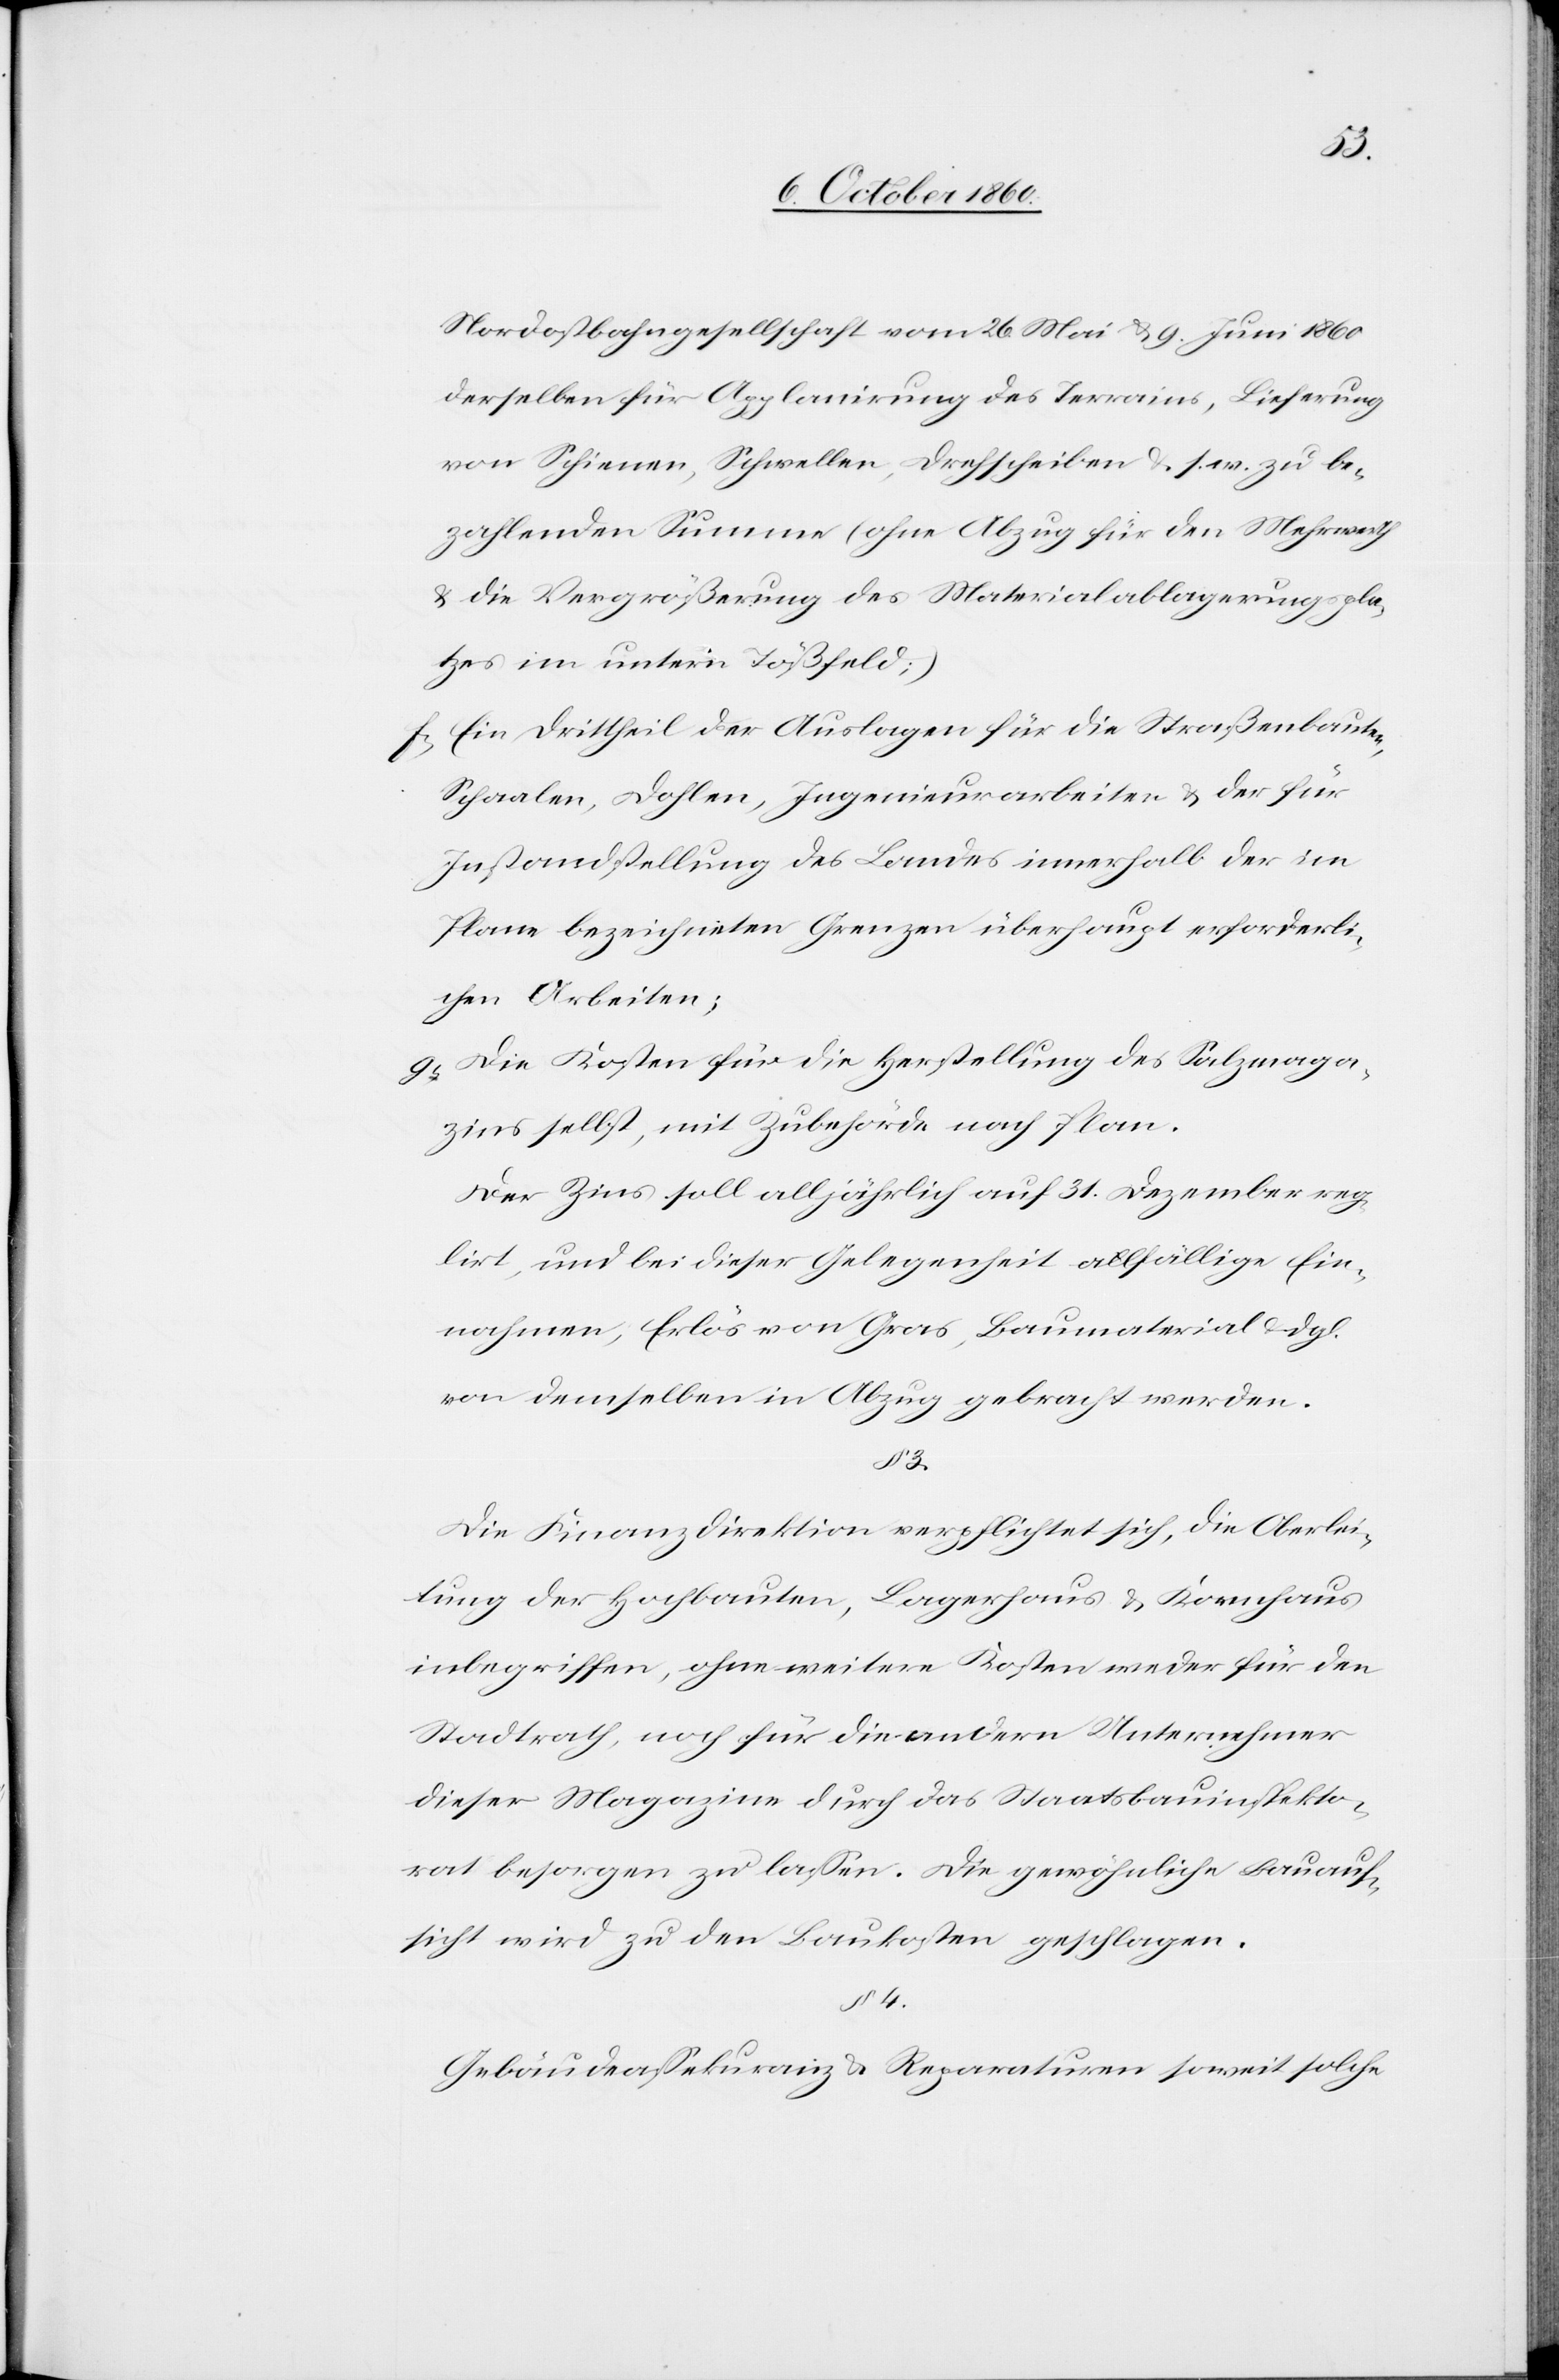
Nordostbahngesellschaft vom 26. Mai u. 9. Juni 1860
derselben für Applanirung des Terrains, Lieferung
von Schienen, Schwellen , Drehscheiben u. s. w. zu be¬
zahlenden Summe (ohne Abzug für den Mehrwerth
u. die Vergrößerung des Materialablagerungspla¬
tzes im unterm Tößfeld;)
f) Ein Drittheil der Auslagen für die Straßenbauten,
Schaalen, Dohlen, Ingenieurarbeiten u. der für
Instandstellung des Landes innerhalb der im
Plane bezeichneten Grenzen überhaupt erforderli¬
chen Arbeiten;
g) Die Kosten für die Herstellung des Salzmaga¬
zins selbst, mit Zubehörde nach Plan.
Der Zins soll alljährlich auf 31. Dezember reg¬
lirt, und bei dieser Gelegenheit allfällige Ein¬
nahmen, Erlös von Gras, Baumaterial u. dgl.
von demselben in Abzug gebracht werden.
§ 3.
Die Finanzdirektion verpflichtet sich, die Oberlei¬
tung der Hochbauten, Lagerhaus u. Kornhaus
inbegriffen, ohne weitere Kosten weder für den
Stadtrath, noch für die andern Unternehmer
dieser Magazine durch das Staatsbauinspekto¬
rat besorgen zu lassen. Die gewöhnliche Bauauf¬
sicht wird zu den Baukosten geschlagen.
§ 4
Gebäudeassekuranz u. Reparaturen soweit solche